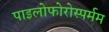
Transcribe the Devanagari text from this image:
पाइलोफोरोस्पर्मम